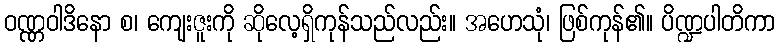
ဝဏ္ဏဝါဒိနော စ၊ ကျေးဇူးကို ဆိုလေ့ရှိကုန်သည်လည်း။ အဟေသုံ၊ ဖြစ်ကုန်၏။ ပိဏ္ဍပါတိကာ